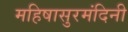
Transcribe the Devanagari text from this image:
महिषासुरमंदिनी